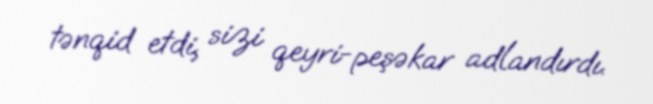
tənqid etdi, sizi qeyri-peşəkar adlandırdı.